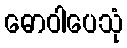
ဓောဝါပေသုံ